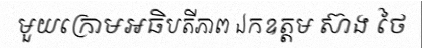
មួយក្រោមអធិបតីភាព ឯកឧត្តម ស៊ាង ថៃ